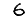
Digit: 6